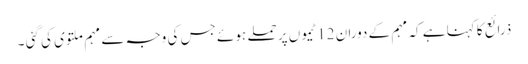
ذرائع کا کہنا ہے کہ مہم کے دوران 12 ٹیموں پر حملے ہوئے جس کی وجہ سے مہم ملتوی کی گئی ۔